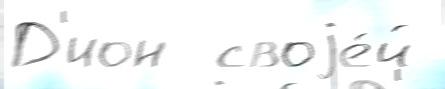
Д'ион  своjе́й